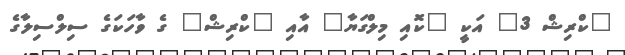
"ކްރިޝް 3" އަކީ "ކޮއި މިލްގަޔާ" އާއި "ކްރިޝް" ގެ ވާހަކަގެ ސިލްސިލާގެ